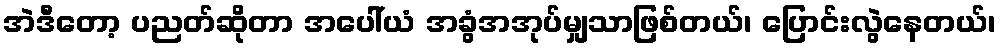
အဲဒီတော့ ပညတ်ဆိုတာ အပေါ်ယံ အခွံအအုပ်မျှသာဖြစ်တယ်၊ ပြောင်းလွဲနေတယ်၊